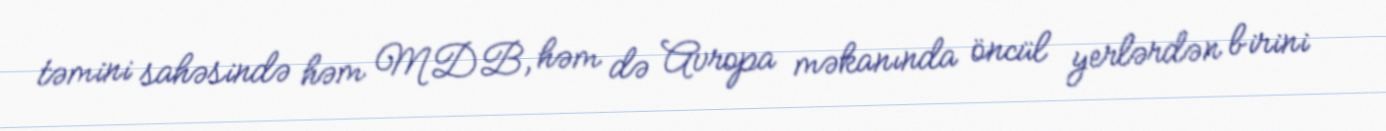
təmini sahəsində həm MDB, həm də Avropa məkanında öncül yerlərdən birini